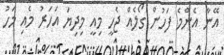
އޭނާ އެންމެ ފަހުން ގޯލެއް ޖެހީ މިއީ މިދިޔަ އަހަރު މެއި މަހު